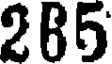
285